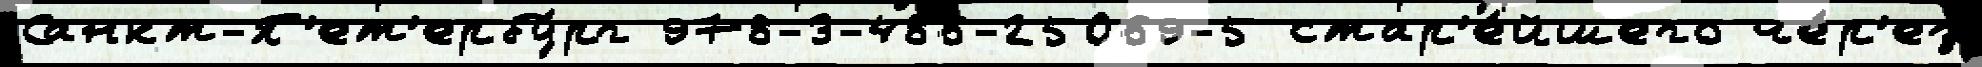
Санкт-П'ет'ербу́рг 978-3-486-25069-5 стар'е́йшего че́р'ез